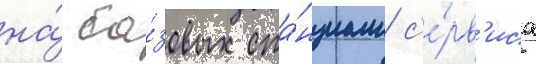
на́ ба́зовых ста́нциам с'е́рв'иса